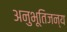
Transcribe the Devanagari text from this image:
अनुभूतिजन्य